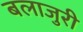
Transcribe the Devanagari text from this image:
बलाजुरी